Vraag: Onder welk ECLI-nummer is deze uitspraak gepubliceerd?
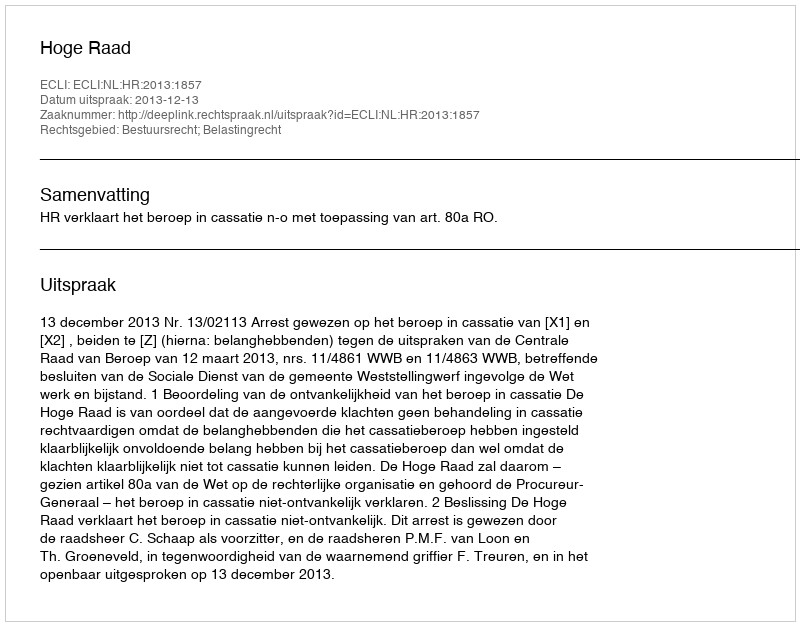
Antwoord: ECLI:NL:HR:2013:1857